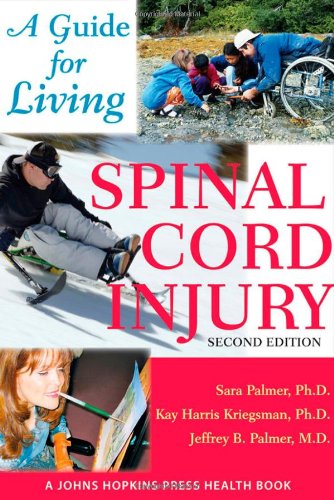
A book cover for Spinal Cord Injury: A Guide for Living (A Johns Hopkins Press Health Book); Sara Palmer; Health, Fitness & Dieting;